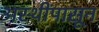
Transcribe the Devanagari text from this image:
अस्थींपासून